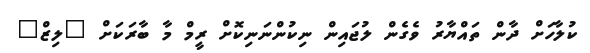
ކުލާހަށް ދާން ތައްޔާރު ވެގެން ލުޖައިން ނިކުންނަނިކޮށް ރީމް މާ ބާރަކަށް "ލިޒް"